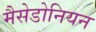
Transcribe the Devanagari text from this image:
मैसेडोनियन